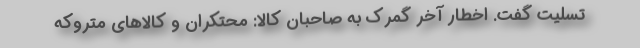
تسلیت گفت. اخطار آخر گمرک به صاحبان کالا: محتکران و کالاهای متروکه